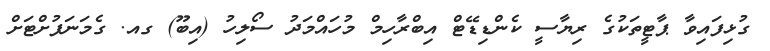
ގުޅިފައިވާ ޕާޓީތަކުގެ ރިޔާސީ ކެންޑިޑޭޓް އިބްރާހިމް މުހައްމަދު ސޯލިހު (އިބޫ) ގއ. ގެމަނަފުށްޓަށް